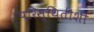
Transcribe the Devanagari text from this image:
परिस्थितींशी